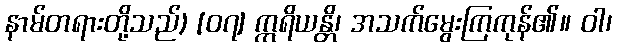
နာမ်တရားတို့သည်) [၀၇] ဣရိယန္တိ၊ အသက်မွေးကြကုန်၏။ ဝါ၊